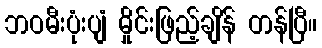
ဘဝမီးပုံးပျံ မှိုင်းဖြည့်ချိန် တန်ပြီ။